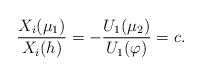
LaTeX: \begin{align*}\frac{X_i(\mu_1)}{X_i(h)}=-\frac{U_1(\mu_2)}{U_1(\varphi)}=c. \end{align*}